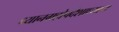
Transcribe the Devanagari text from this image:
ध्यानग्रहोपदेशाध्याय